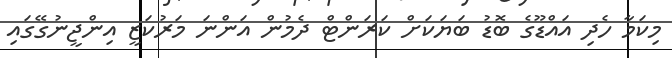
މިކަމާ ހެދި އައްޑޫގެ ބޮޑު ބަޔަކަށް ކަރަންޓް ދެމުން އަންނަ މަރުކަޒީ އިންޖީނުގޭގައި